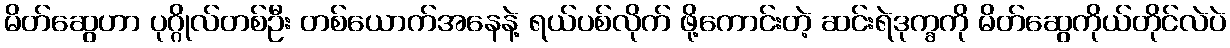
မိတ်ဆွေဟာ ပုဂ္ဂိုလ်တစ်ဦး တစ်ယောက်အနေနဲ့ ရယ်ပစ်လိုက် ဖို့ကောင်းတဲ့ ဆင်းရဲဒုက္ခကို မိတ်ဆွေကိုယ်တိုင်လဲပဲ